Problem: 20 + 49 = ?
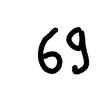
Handwritten answer: 69